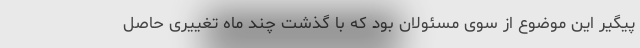
پیگیر این موضوع از سوی مسئولان بود که با گذشت چند ماه تغییری حاصل